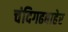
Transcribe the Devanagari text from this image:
चंदिगढबाहेर